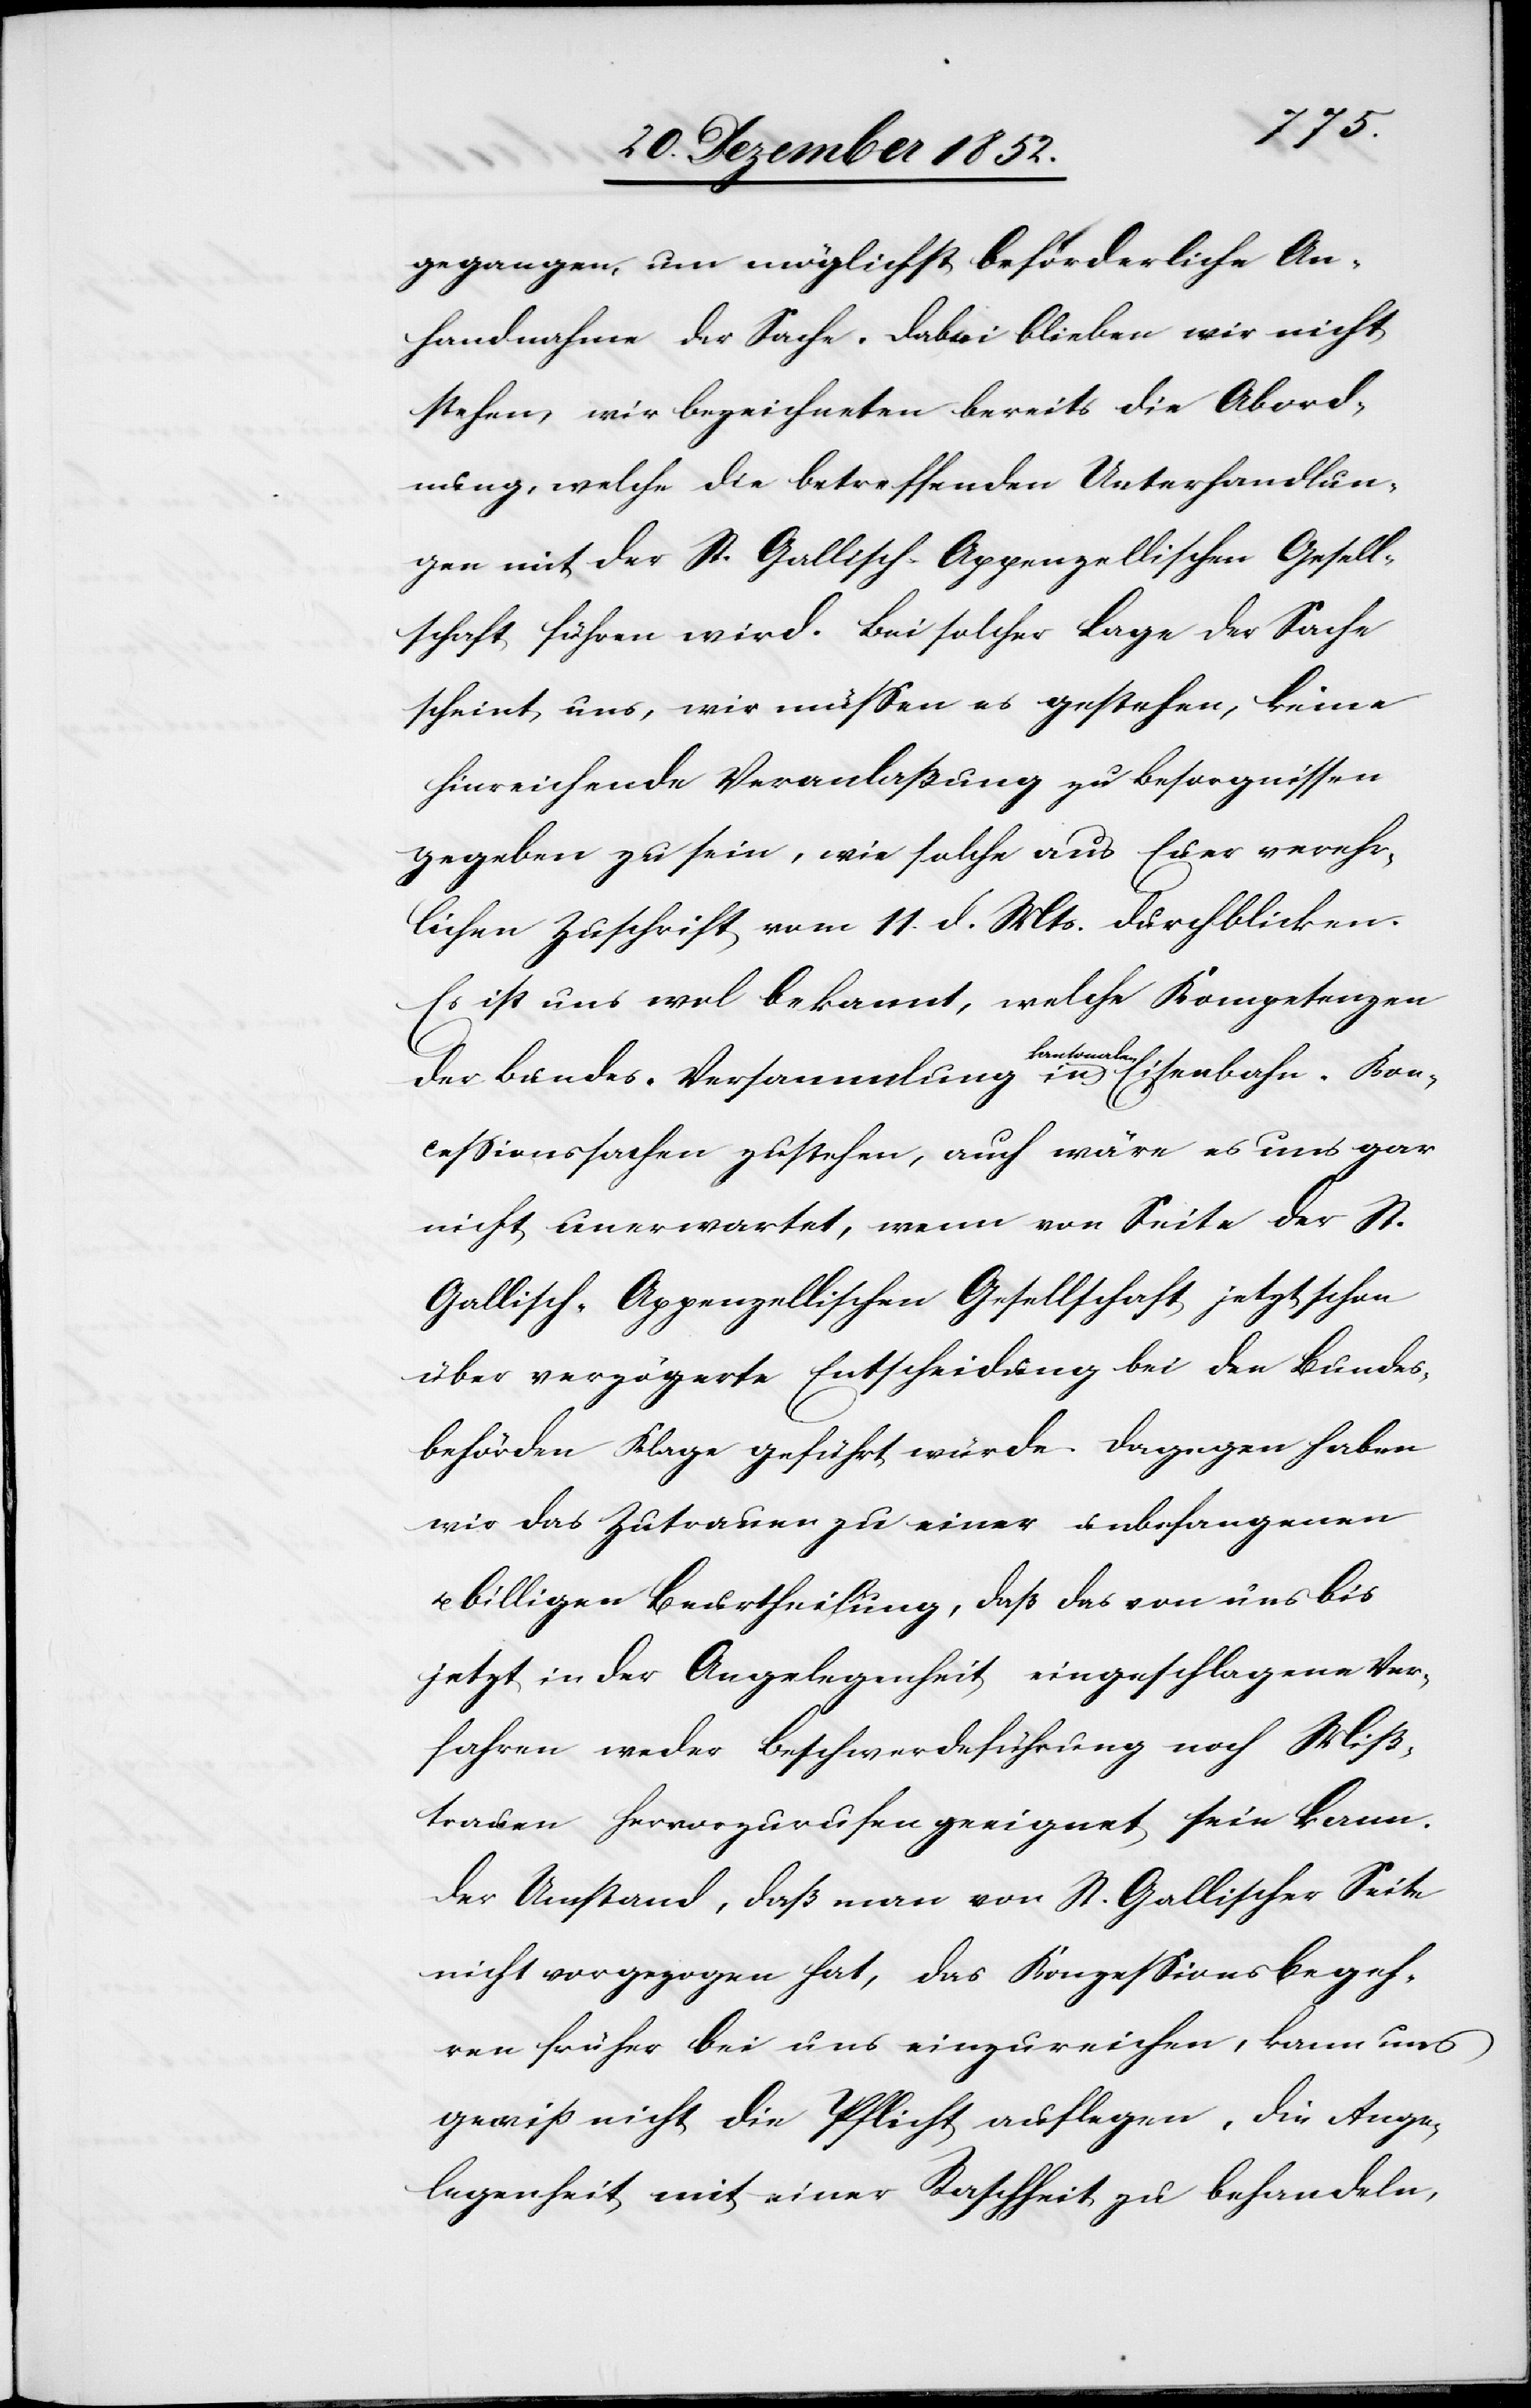
gegangen, um möglichst beförderliche An¬
handnahme der Sache. Dabei blieben wir nicht
stehen, wir bezeichneten bereits die Abord¬
nung, welche die betreffenden Unterhandlun¬
gen mit der St. Gallisch-Appenzellischen Gesell¬
schaft führen wird. Bei solcher Lage der Sache
scheint uns, wir müssen es gestehen, keine
hinreichende Veranlaßung zu Besorgnissen
gegeben zu sein, wie solche aus Euer verehr¬
lichen Zuschrift vom 11. d. Mts. durchblicken.
Es ist uns wol bekannt, welche Kompetenzen
der Bundes-Versammlung in kantonalen Eisenbahn-Kon¬
cessionssachen zustehen, auch wäre es uns gar
nicht unerwartet, wenn von Seite der St.
Gallisch-Appenzellischen Gesellschaft jetzt schon
über verzögerte Entscheidung bei den Bundes¬
behörden Klage geführt würde. Dagegen haben
wir das Zutrauen zu einer unbefangenen
billigen Beurtheilung, daß das von uns bis
jetzt in der Angelegenheit eingeschlagene Ver¬
fahren weder Beschwerdeführung noch Miß¬
trauen hervorzurufen geeignet sein kann.
Der Umstand, daß man von St. Gallischer Seite
nicht vorgezogen hat, das Konzessionsbegeh¬
ren früher bei uns einzureichen, kann uns
gewiß nicht die Pflicht auflegen, die Ange¬
legenheit mit einer Raschheit zu behandeln,